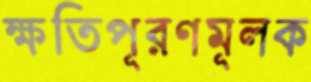
ক্ষতিপূরণমূলক